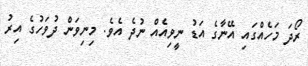
ރޯދަ މަހެއްގައި އޭނާގެ އަޑު ނީވިއެއް ނުދެ އެވެ. މިނިވަން ދުވަހުގެ އިރު